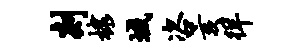
剡棣域咨亥徉